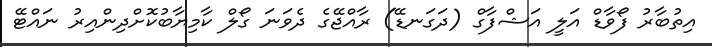
އިތުބާރު ފޯވާޑް އަލީ އަޝްފާގް (ދަގަނޑޭ) ރާއްޖޭގެ ދެވަނަ ގޯލް ކާމިޔާބުކޮށްދިންއިރު ނައްޓޭ